Lunatic asylums United Provinces 1899-1908 - 1899-1908
Year: 1899
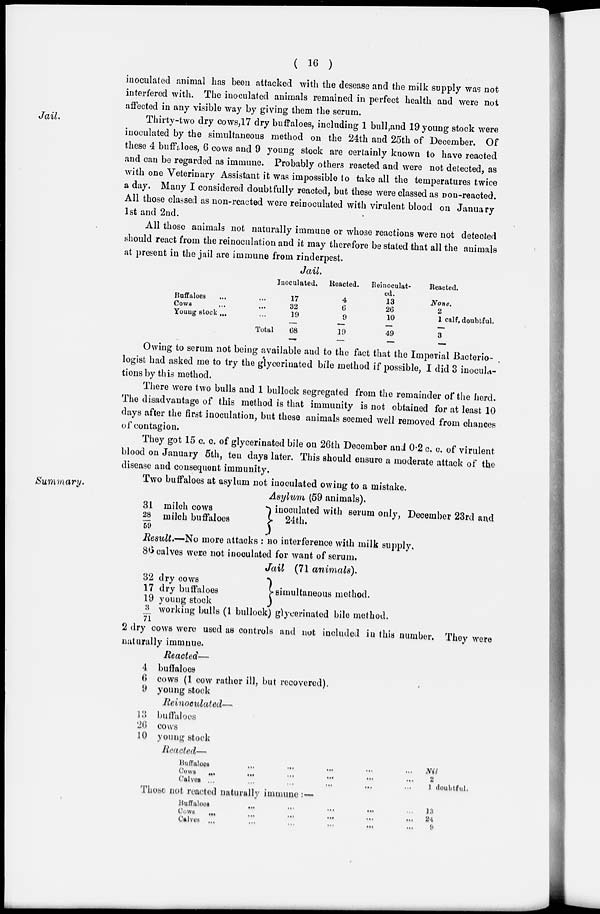
( 16 )
inoculated animal has been attacked with the desease and the milk supply was not
interfered with. The inoculated animals remained in perfect health and were not
affected in any visible way by giving them the serum.
Jail.
Thirty-two dry cows, 17 dry buffaloes, including 1 bull, and 19 young stock were
inoculated by the simultaneous method on the 24th and 25th of December. Of
these 4 buffaloes, 6 cows and 9 young stock are certainly known to have reacted
and can be regarded as immune. Probably others reacted and were not detected, as
with one Veterinary Assistant it was impossible to take all the temperatures twice
a day. Many I considered doubtfully reacted, but these were classed as non-reacted.
All those classed as non-reacted were reinoculated with virulent blood on January
1st and 2nd.
All those animals not naturally immune or whose reactions were not detected
should react from the reinoculation and it may therefore be stated that all the animals
at present in the jail are immune from rinderpest.
Jail.
Buffaloes ... ...
Cows ... ...
Young stock ... ...
Total
Inoculated.
17
32
19
68
Reaced.
4
6
9
19
Reinoculat-
ed.
13
26
10
49
Reacted.
None.
2
1 calf, doubtful.
3
Owing to serum not being available and to the fact that the Imperial Bacterio-
logist had asked me to try the glycerinated bile method if possible, I did 3 inocula-
tions by this method.
There were two bulls and 1 bullock segregated from the remainder of the herd.
The disadvantage of this method is that immunity is not obtained for at least 10
days after the first inoculation, but these animals seemed well removed from chances
of contagion.
They got 15 c. c. of glycerinated bile on 26th December and 0.2 c. c. of virulent
blood on January 5th, ten days later. This should ensure a moderate attack of the
disease and consequent immunity.
Summary.
Two buffaloes at asylum not inoculated owing to a mistake.
Asylum (59 animals).
31 milch cows
28/59 milch buffaloes
inoculated with serum only, December 23rd and
24th.
Result.—No more attacks : no interference with milk supply,
86 calves were not inoculated for want of serum.
Jail (71 animals).
32 dry cows
17 dry buffaloes
19 young stock
simultaneous method.
3/71 working bulls (1 bullock) glycerinated bile method.
2 dry cows were used as controls and not included in this number. They were
naturally immnue.
Reacted—
4
6
9
buffaloes
cows (1 cow rather ill, but recovered).
young stock
Reinoculated—
13
26
10
buffaloes
cows
young stock
Reacted—
Buffaloes ... ... ... ... ...
Cows ... ... ... ... ... ... ...
Calves ... ... ... ... ... ...
Nil
2
1 doubtful.
Those not reacted naturally immune :—
Buffaloes ... ... ... ... ...
Cows ... ... ... ... ... ...
Calves ... ... ... ... ... ...
13
24
9